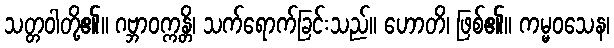
သတ္တဝါတို့၏။ ဂဗ္ဘာဝက္ကန္တိ၊ သက်ရောက်ခြင်းသည်။ ဟောတိ၊ ဖြစ်၏။ ကမ္မဝသေန၊